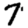
Digit: 7